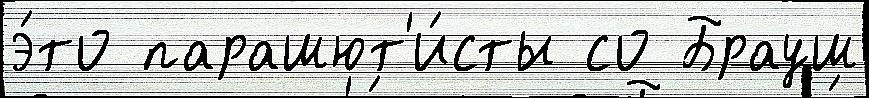
э́то парашют'и́сты со Брауш